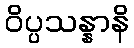
ဝိပ္ပသန္နာနိ